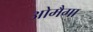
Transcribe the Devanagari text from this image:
ओमैगा